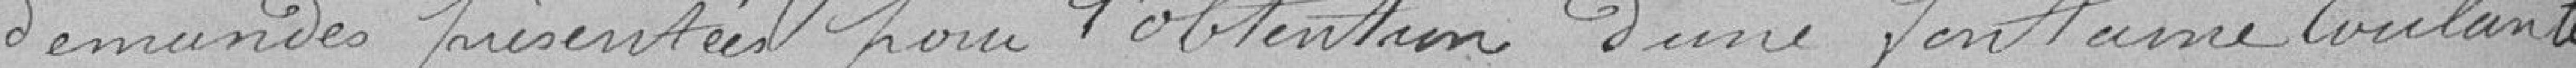
demandes présentées pour l'obtention d'une fontaine Coulante